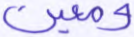
ومعين